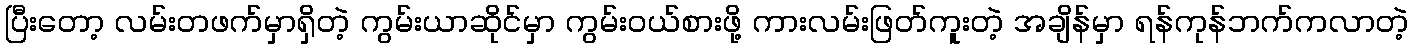
ပြီးတော့ လမ်းတဖက်မှာရှိတဲ့ ကွမ်းယာဆိုင်မှာ ကွမ်းဝယ်စားဖို့ ကားလမ်းဖြတ်ကူးတဲ့ အချိန်မှာ ရန်ကုန်ဘက်ကလာတဲ့